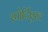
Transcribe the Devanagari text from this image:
स्पोर्टिएस्ट